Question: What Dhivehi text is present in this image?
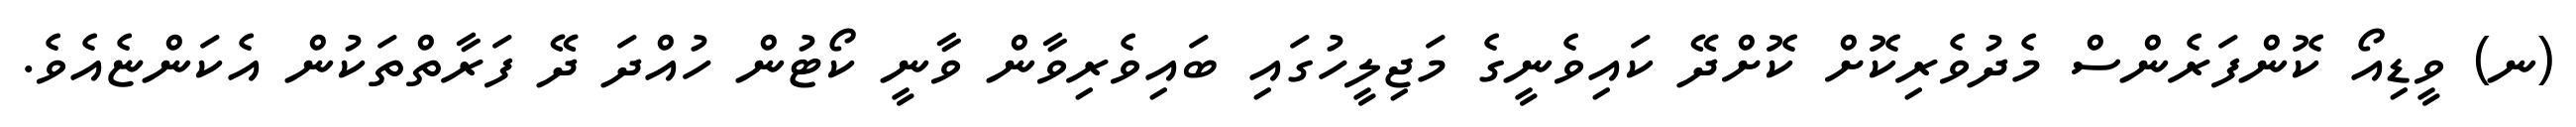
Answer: (ނ) ވީޑިއޯ ކޮންފަރެންސް މެދުވެރިކޮށް ކޮށްދޭ ކައިވެނީގެ މަޖިލީހުގައި ބައިވެރިވާން ވާނީ ކޯޓުން ހުއްދަ ދޭ ފަރާތްތަކުން އެކަންޏެއެވެ.